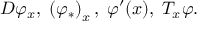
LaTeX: D \varphi _ { x } , \; \left( \varphi _ { * } \right) _ { x } , \; \varphi ^ { \prime } ( x ) , \; T _ { x } \varphi .